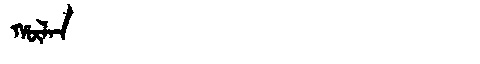
Manchu: ᡥᡡᠯᠠᠨ
Romanization: HŪLAN